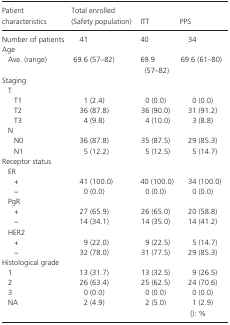
<table><thead><tr><td><b>Patient characteristics</b></td><td><b>Total enrolled (Safety population)</b></td><td><b>ITT</b></td><td><b>PPS</b></td></tr></thead><tbody><tr><td>Number of patients</td><td>41</td><td>40</td><td>34</td></tr><tr><td colspan="4">Age</td></tr><tr><td>Ave. (range)</td><td>69.6 (57–82)</td><td>69.9 (57–82)</td><td>69.6 (61–80)</td></tr><tr><td colspan="4">Staging</td></tr><tr><td colspan="4">T</td></tr><tr><td>T1</td><td>1 (2.4)</td><td>0 (0.0)</td><td>0 (0.0)</td></tr><tr><td>T2</td><td>36 (87.8)</td><td>36 (90.0)</td><td>31 (91.2)</td></tr><tr><td>T3</td><td>4 (9.8)</td><td>4 (10.0)</td><td>3 (8.8)</td></tr><tr><td colspan="4">N</td></tr><tr><td>N0</td><td>36 (87.8)</td><td>35 (87.5)</td><td>29 (85.3)</td></tr><tr><td>N1</td><td>5 (12.2)</td><td>5 (12.5)</td><td>5 (14.7)</td></tr><tr><td colspan="4">Receptor status</td></tr><tr><td colspan="4">ER</td></tr><tr><td>+</td><td>41 (100.0)</td><td>40 (100.0)</td><td>34 (100.0)</td></tr><tr><td>−</td><td>0 (0.0)</td><td>0 (0.0)</td><td>0 (0.0)</td></tr><tr><td colspan="4">PgR</td></tr><tr><td>+</td><td>27 (65.9)</td><td>26 (65.0)</td><td>20 (58.8)</td></tr><tr><td>−</td><td>14 (34.1)</td><td>14 (35.0)</td><td>14 (41.2)</td></tr><tr><td colspan="4">HER2</td></tr><tr><td>+</td><td>9 (22.0)</td><td>9 (22.5)</td><td>5 (14.7)</td></tr><tr><td>−</td><td>32 (78.0)</td><td>31 (77.5)</td><td>29 (85.3)</td></tr><tr><td colspan="4">Histological grade</td></tr><tr><td>1</td><td>13 (31.7)</td><td>13 (32.5)</td><td>9 (26.5)</td></tr><tr><td>2</td><td>26 (63.4)</td><td>25 (62.5)</td><td>24 (70.6)</td></tr><tr><td>3</td><td>0 (0.0)</td><td>0 (0.0)</td><td>0 (0.0)</td></tr><tr><td>NA</td><td>2 (4.9)</td><td>2 (5.0)</td><td>1 (2.9)</td></tr><tr><td></td><td></td><td></td><td>(): %</td></tr></tbody></table>